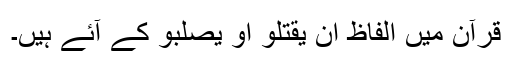
قرآن میں الفاظ ان یقتلو او یصلبو کے آئے ہیں۔